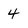
Character: 4